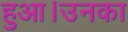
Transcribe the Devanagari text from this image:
हुआ।उनका